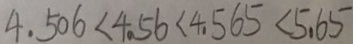
4 . 5 0 6 < 4 . 5 6 < 4 . 5 6 5 < 5 . 6 5